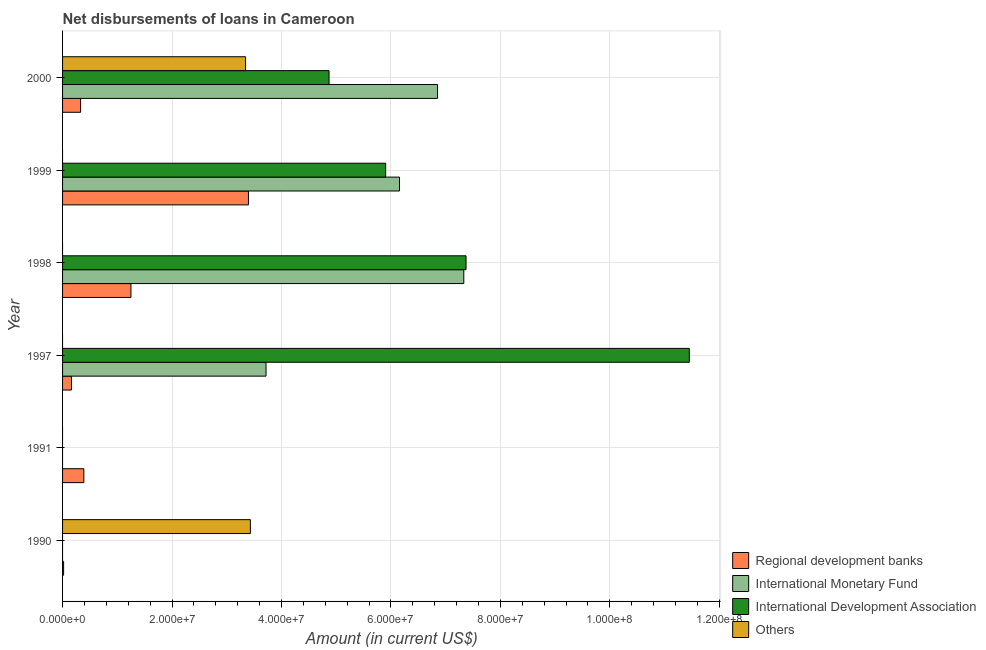
| Year | Regional development banks | International Monetary Fund | International Development Association | Others |
 | --- | --- | --- | --- | --- |
 | 1990 | 1.91e+05 | -1.44e+06 | -2.63e+06 | 3.43e+07 |
 | 1991 | 3.89e+06 | -1.81e+05 | -3.69e+06 | -3.82e+06 |
 | 1997 | 1.63e+06 | 3.72e+07 | 1.15e+08 | -4.69e+07 |
 | 1998 | 1.25e+07 | 7.33e+07 | 7.37e+07 | -2.52e+07 |
 | 1999 | 3.4e+07 | 6.16e+07 | 5.9e+07 | -1.45e+07 |
 | 2000 | 3.3e+06 | 6.85e+07 | 4.87e+07 | 3.34e+07 |